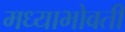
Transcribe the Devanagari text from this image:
मध्याभोवती